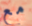
مع